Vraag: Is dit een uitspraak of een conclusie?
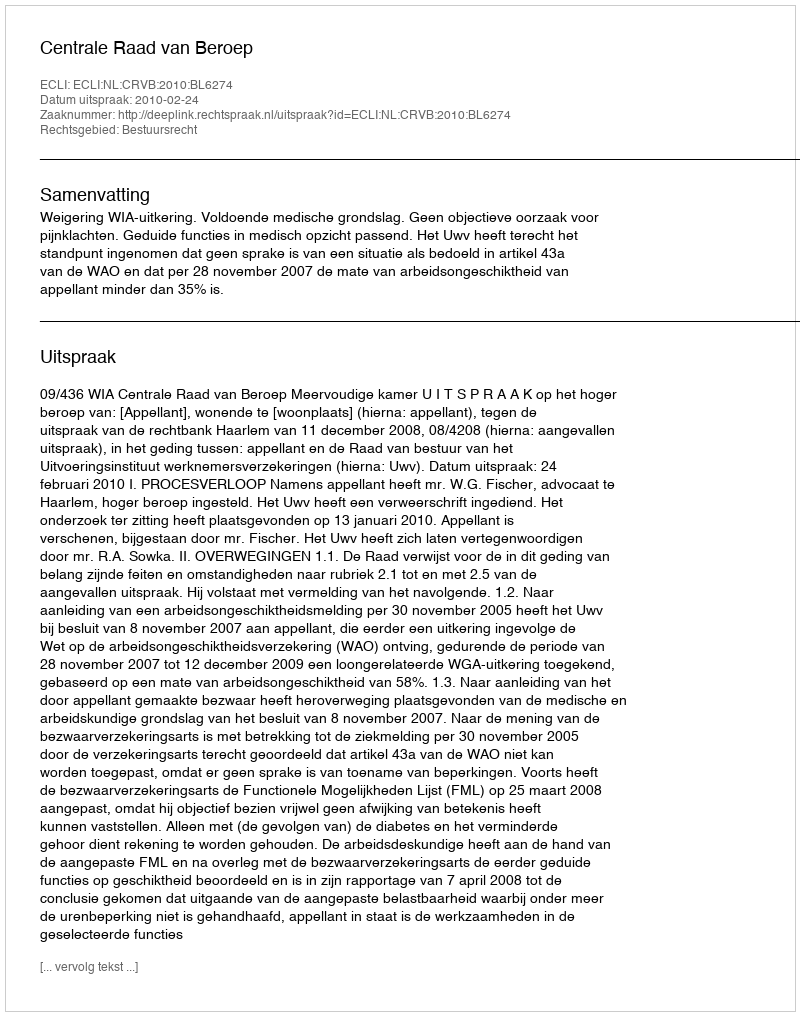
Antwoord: Uitspraak